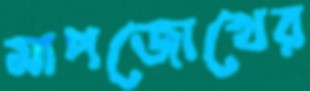
মাপজোখের